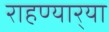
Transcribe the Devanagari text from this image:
राहण्यार्‍या